Annual administration report of the Civil Veterinary Department of India - 1898-1899
Year: 1898
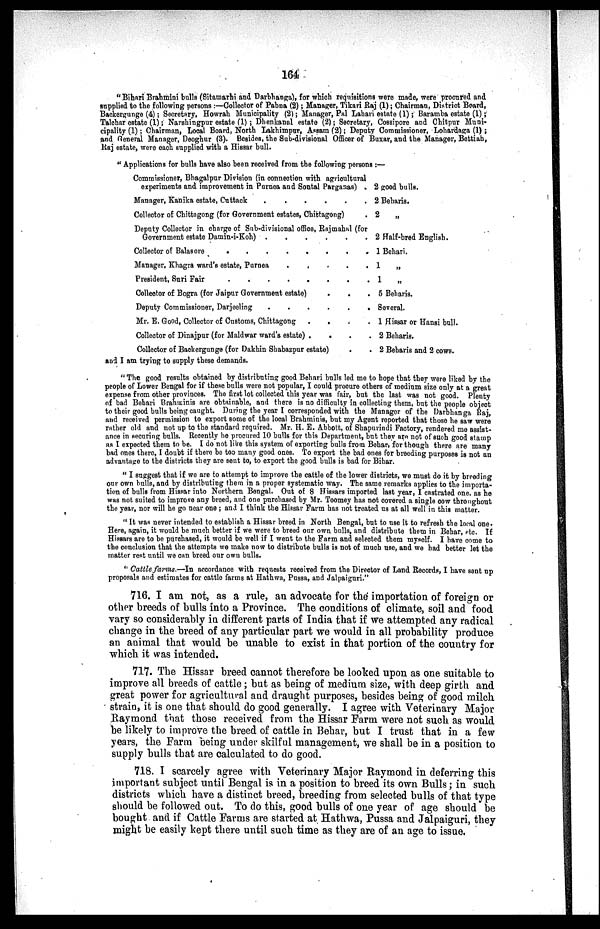
164
"Bihari Brahmini bulls (Sitamarhi and Darbhanga), for which requisitions were made, were procured and
supplied to the following persons :—Collector of Pabna (2); Manager, Tikari Raj (1); Chairman, District Board,
Backergunge (4); Secretary, Howrah Municipality (2); Manager, Pal Lahari estate (1); Baramba estate (1);
Talchar estate (1); Narshingpur estate (1) ; Dhenkanal estate (2); Secretary, Cossipore and Chitpur Muni-
cipality (1) ; Chairman, Local Board, North Lakhimpur, Assam (2); Deputy Commissioner, Lohardaga (1) ;
and General Manager, Deoghur (3). Besides, the Sub-divisional Officer of Buxar, and the Manager, Bettiah,
Raj estate, were each supplied with a Hissar bull.
" Applications for bulls have also been received from the following persons :—
Commissioner, Bhagalpur Division (in connection with agricultural
experiments and improvement in Purnea and Sontal Parganas) .
Manager, Kanika estate, Cuttack
.
.
.
.
.
.
Collector of Chittagong (for Government estates, Chittagong) .
Deputy Collector in charge of Sub-divisional office, Rajmahal (for
Government estate Damin-i-Koh)
.
.
.
.
.
.
Collector of Balasore
.
.
.
.
.
.
Manager, Khagra ward's estate, Purnea
.
.
.
.
.
.
President, Suri Fair
.
.
.
.
.
.
Collector of Bogra (for Jaipur Government estate) . . .
Deputy Commissioner, Darjeeling
.
.
.
.
.
.
Mr. E. Good, Collector of Customs, Chittagong . . . . . .
Collector of Dinajpur (for Maldwar ward's estate)
.
.
.
.
Collector of Backergunge (for Dakhin Shabazpur estate)
and I am trying to supply these demands. . .
2 good bulls.
2 Beharis.
2
„
2 Half-bred English.
1 Behari.
1
„
1
„
5 Beharis.
Several.
1 Hissar or Hansi bull.
2 Beharis.
2 Beharis and 2 cows.
" The good results obtained by distributing good Behari bulls led me to hope that they were liked by the
people of Lower Bengal for if these bulls were not popular, I could procure others of medium size only at a great
expense from other provinces. The first lot collected this year was fair, but the last was not good. Plenty
of bad Behari Brahminis are obtainable, and there is no difficulty in collecting them, but the people object
to their good bulls being caught. During the year I corresponded with the Manager of the Darbhanga Raj,
and received permission to export some of the local Brahminis, but my Agent reported that those he saw were
rather old and not up to the standard required. Mr. H. E. Abbott, of Shapurindi Factory, rendered me assist-
ance in securing bulls. Recently he procured 10 bulls for this Department, but they are not of such good stamp
as I expected them to be. I do not like this system of exporting bulls from Behar, for though there are many
bad ones there, I doubt if there be too many good ones. To export the bad ones for breeding purposes is not an
advantage to the districts they are sent to, to export the good bulls is bad for Bihar.
" I suggest that if we are to attempt to improve the cattle of the lower districts, we must do it by breeding
our own bulls, and by distributing them in a proper systematic way. The same remarks applies to the importa-
tion of bulls from Hissar into Northern Bengal. Out of 8 Hissars imported last year, I castrated one, as he
was not. suited to improve any breed, and one purchased by Mr. Toomey has not covered a single cow throughout
the year, nor will he go near one ; and I think the Hissar Farm has not treated us at all well in this matter.
" It was never intended to establish a Hissar breed in North Bengal, but to use it to refresh the local one.
Here, again, it would be much better if we were to breed our own bulls, and distribute them in Behar, etc. If
Hissars are to be purchased, it would be well if I went to the Farm and selected them myself. I have come to
the conclusion that the attempts we make now to distribute bulls is not of much use, and we had better let the
matter rest until we can breed our own bulls.
" Cattle farms.—In accordance with requests received from the Director of Land Records, I have sent up
proposals and estimates for cattle farms at Hathwa, Pussa, and Jalpaiguri."
716. I am not, as a rule, an advocate for the importation of foreign or
other breeds of bulls into a Province. The conditions of climate, soil and food
vary so considerably in different parts of India that if we attempted any radical
change in the breed of any particular part we would in all probability produce
an animal that would be unable to exist in that portion of the country for
which it was intended.
717. The Hissar breed cannot therefore be looked upon as one suitable to
improve all breeds of cattle; but as being of medium size, with deep girth and
great power for agricultural and draught purposes, besides being of good milch
strain, it is one that should do good generally. I agree with Veterinary Major
Raymond that those received from the Hissar Farm were not such as would
be likely to improve the breed of cattle in Behar, but I trust that in a few
years, the Farm being under skilful management, we shall be in a position to
supply bulls that are calculated to do good.
718. I scarcely agree with Veterinary Major Raymond in deferring this
important subject until Bengal is in a position to breed its own Bulls; in such
districts which have a distinct breed, breeding from selected bulls of that type
should be followed out. To do this, good bulls of one year of age should be
bought and if Cattle Farms are started at Hathwa, Pussa and Jalpaiguri, they
might be easily kept there until such time as they are of an age to issue.